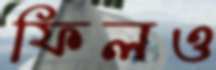
ফিলও